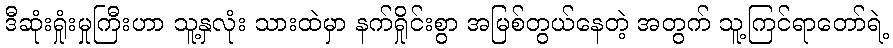
ဒီဆုံးရှုံးမှုကြီးဟာ သူ့နှလုံး သားထဲမှာ နက်ရှိုင်းစွာ အမြစ်တွယ်နေတဲ့ အတွက် သူ့ကြင်ရာတော်ရဲ့